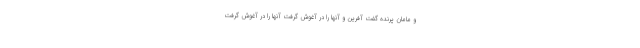
و مامان پرنده گفت آفرین و آنها را در آغوش گرفت آنها را در آغوش گرفت